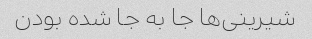
شیرینی‌ها جا به جا شده بودن